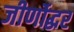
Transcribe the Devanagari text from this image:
जीर्णोद्धर